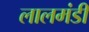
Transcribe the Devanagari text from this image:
लालमंडी